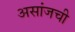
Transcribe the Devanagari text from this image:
असांजची